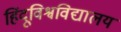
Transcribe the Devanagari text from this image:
हिंदूविश्वविद्यालय